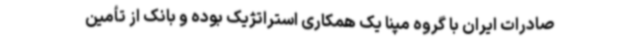
صادرات ایران با گروه مپنا یک همکاری استراتژیک بوده و بانک از تأمین